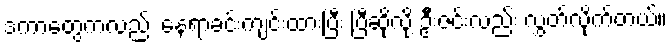
ဒကာတွေကလည်း နေရာခင်းကျင်းထားပြီး ပြီဆိုလို့ ဦးဇင်းလည်း လွှတ်လိုက်တယ်။